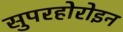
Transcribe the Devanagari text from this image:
सुपरहोरोइन